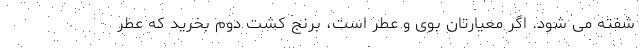
شفته می شود. اگر معیارتان بوی و عطر است، برنج کشت دوم بخرید که عطر